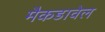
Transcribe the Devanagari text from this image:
मैकडावेल